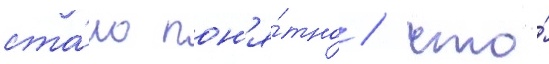
ста́ло пон'я́тно / что́